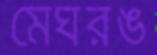
মেঘরঙ